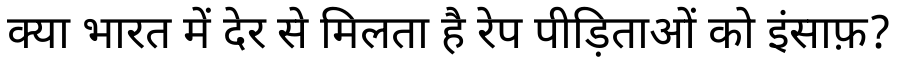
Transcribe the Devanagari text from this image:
क्या भारत में देर से मिलता है रेप पीड़िताओं को इंसाफ़?